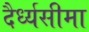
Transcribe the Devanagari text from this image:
दैर्ध्यसीमा